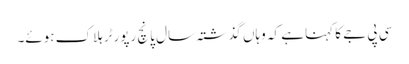
سی پی جے کا کہنا ہے کہ وہاں گذشتہ سال پانچ رپورٹر ہلاک ہوئے۔